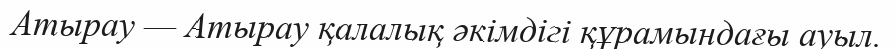
Атырау — Атырау қалалық әкімдігі құрамындағы ауыл.